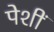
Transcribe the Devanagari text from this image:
पेशीं